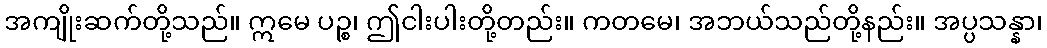
အကျိုးဆက်တို့သည်။ ဣမေ ပဉ္စ၊ ဤငါးပါးတို့တည်း။ ကတမေ၊ အဘယ်သည်တို့နည်း။ အပ္ပသန္နာ၊